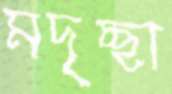
মদৃচ্ছা